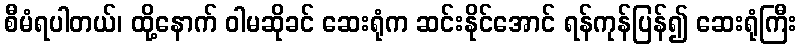
စီမံရပါတယ်၊ ထို့နောက် ဝါမဆိုခင် ဆေးရုံက ဆင်းနိုင်အောင် ရန်ကုန်ပြန်၍ ဆေးရုံကြီး